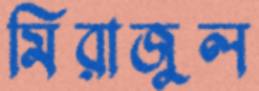
মিরাজুল